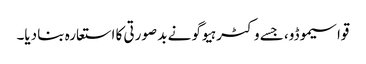
قواسیموڈو، جسے وکٹر ہیوگو نے بد صورتی کا استعارہ بنا دیا۔